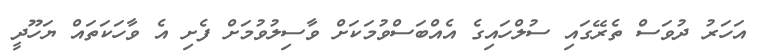
އަހަރު ދުވަސް ތެރޭގައި ސުލްހައިގެ އެއްބަސްވުމަކަށް ވާސިލުވުމަށް ފެށި އެ ވާހަކަތައް ޔަހޫދީ